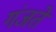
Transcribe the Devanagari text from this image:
गंजते